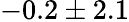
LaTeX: -0.2\pm 2.1